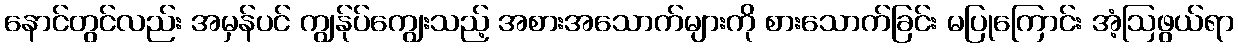
နောင်တွင်လည်း အမှန်ပင် ကျွန်ုပ်ကျွေးသည့် အစားအသောက်များကို စားသောက်ခြင်း မပြုကြောင်း အံ့ဩဖွယ်ရာ